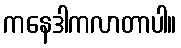
ကနေဒါကလာတာပါ။